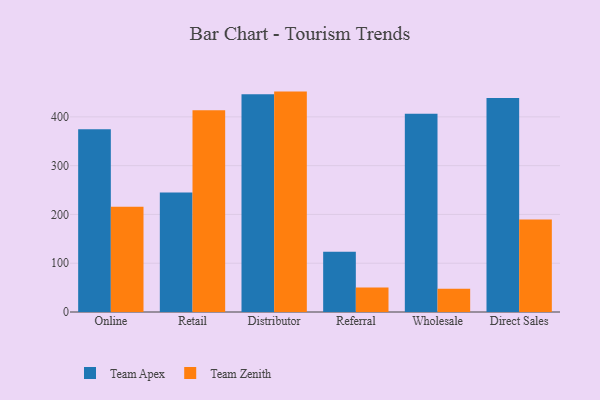
{"axis": {"x": "Channel", "y": "Inventory Turnover"}, "legend": ["Team Apex", "Team Zenith"], "data": [{"x": "Online", "y": 374.7, "type": "Team Apex"}, {"x": "Online", "y": 215.6, "type": "Team Zenith"}, {"x": "Retail", "y": 244.8, "type": "Team Apex"}, {"x": "Retail", "y": 413.5, "type": "Team Zenith"}, {"x": "Distributor", "y": 446.3, "type": "Team Apex"}, {"x": "Distributor", "y": 451.8, "type": "Team Zenith"}, {"x": "Referral", "y": 123.7, "type": "Team Apex"}, {"x": "Referral", "y": 50.1, "type": "Team Zenith"}, {"x": "Wholesale", "y": 406.4, "type": "Team Apex"}, {"x": "Wholesale", "y": 47.5, "type": "Team Zenith"}, {"x": "Direct Sales", "y": 438.9, "type": "Team Apex"}, {"x": "Direct Sales", "y": 189.5, "type": "Team Zenith"}]}